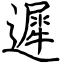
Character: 遲